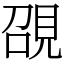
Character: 䙼